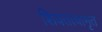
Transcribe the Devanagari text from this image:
शिवतत्वामृत